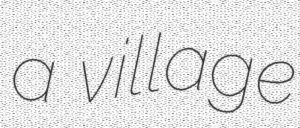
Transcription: a village